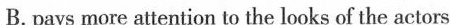
B. pays more attention to the looks of the actors